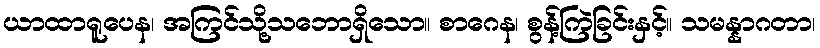
ယာထာရူပေန၊ အကြင်သို့သဘောရှိသော။ စာဂေန၊ စွန့်ကြဲခြင်းနှင့်။ သမန္နာဂတာ၊